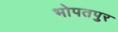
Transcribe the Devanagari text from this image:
भोपतपुर